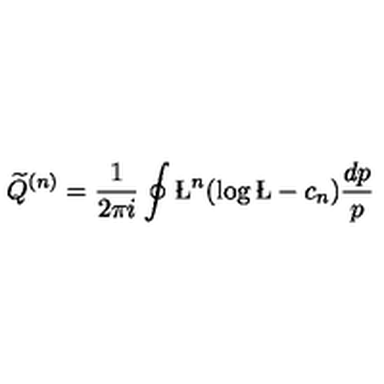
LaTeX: { \widetilde Q } ^ { ( n ) } = \frac { 1 } { 2 \pi i } \oint \L ^ { n } ( \log \L - c _ { n } ) \frac { d p } { p }